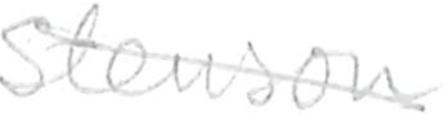
Text: Stenson
Cross-out: diagonal
Writing tool: pencil